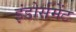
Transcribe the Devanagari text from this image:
इंडोर्समेंट